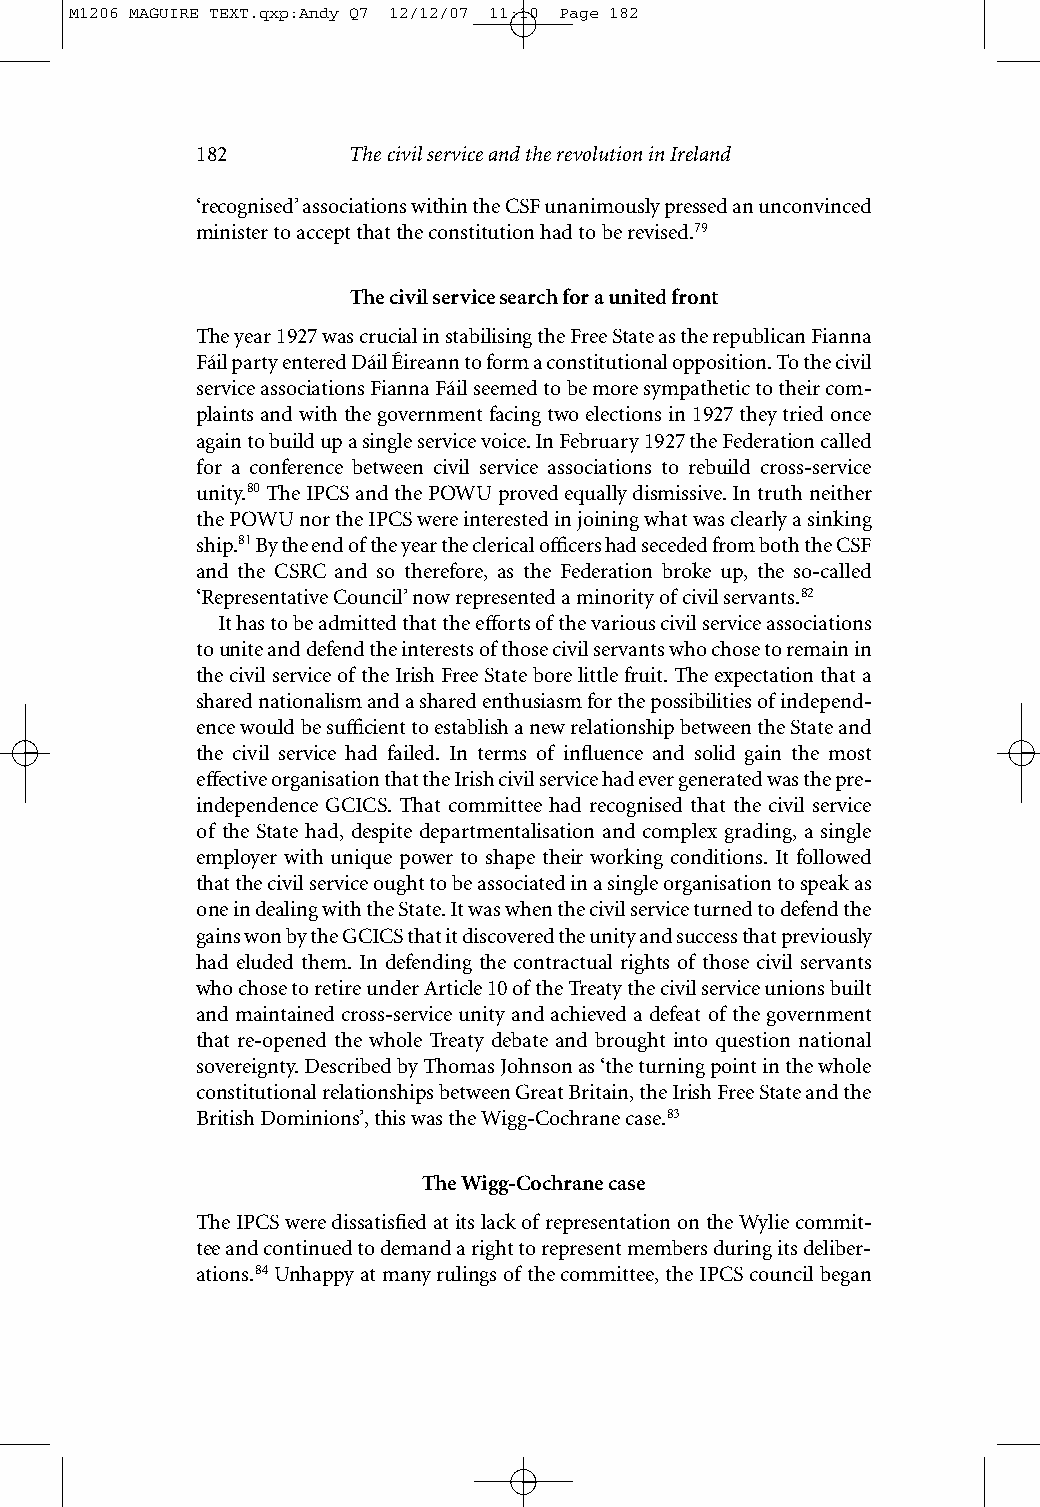
M1206 MAGUIRE TEXT.qxp:Andy Q7 12/12/07 11:10 Page 182
 182       The civil service and the revolution in Ireland
 ‘recognised’ associations within the CSF unanimously pressed an unconvinced
 minister to accept that the constitution had to be revised.79
 The civil service search for a united front
 The year 1927 was crucial in stabilising the Free State as the republican Fianna
 Fáil party entered Dáil Éireann to form a constitutional opposition. To the civil
 service associations Fianna Fáil seemed to be more sympathetic to their com-
 plaints and with the government facing two elections in 1927 they tried once
 again to build up a single service voice. In February 1927 the Federation called
 for a conference between civil service associations to rebuild cross-service
 unity.80The IPCS and the POWU proved equally dismissive. In truth neither
 the POWU nor the IPCS were interested in joining what was clearly a sinking
 ship.81By the end of the year the clerical officers had seceded from both the CSF
 and the CSRC and so therefore, as the Federation broke up, the so-called
 ‘Representative Council’ now represented a minority of civil servants.82
 It has to be admitted that the efforts of the various civil service associations
 to unite and defend the interests of those civil servants who chose to remain in
 the civil service of the Irish Free State bore little fruit. The expectation that a
 shared nationalism and a shared enthusiasm for the possibilities of independ-
 ence would be sufficient to establish a new relationship between the State and
 the civil service had failed. In terms of influence and solid gain the most
 effective organisation that the Irish civil service had ever generated was the pre-
 independence GCICS. That committee had recognised that the civil service
 of the State had, despite departmentalisation and complex grading, a single
 employer with unique power to shape their working conditions. It followed
 that the civil service ought to be associated in a single organisation to speak as
 one in dealing with the State. It was when the civil service turned to defend the
 gains won by the GCICS that it discovered the unity and success that previously
 had eluded them. In defending the contractual rights of those civil servants
 who chose to retire under Article 10 of the Treaty the civil service unions built
 and maintained cross-service unity and achieved a defeat of the government
 that re-opened the whole Treaty debate and brought into question national
 sovereignty. Described by Thomas Johnson as ‘the turning point in the whole
 constitutional relationships between Great Britain, the Irish Free State and the
 British Dominions’, this was the Wigg-Cochrane case.83
 The Wigg-Cochrane case
 The IPCS were dissatisfied at its lack of representation on the Wylie commit-
 tee and continued to demand a right to represent members during its deliber-
 ations.84Unhappy at many rulings of the committee, the IPCS council began